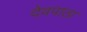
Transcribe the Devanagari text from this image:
देवपाठा